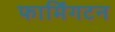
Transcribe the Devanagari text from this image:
फार्मिंगटन